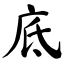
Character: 底